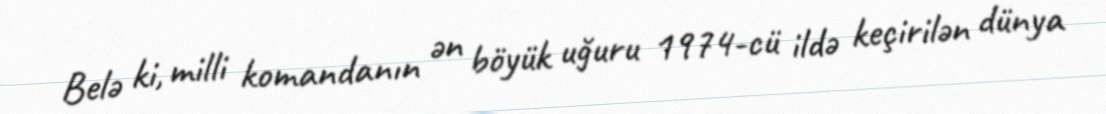
Belə ki, milli komandanın ən böyük uğuru 1974-cü ildə keçirilən dünya